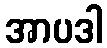
အာပဒါ